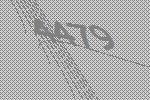
4479